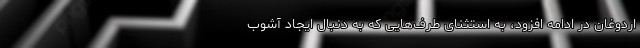
اردوغان در ادامه افزود، به استثنای طرف‌هایی که به دنبال ایجاد آشوب